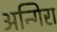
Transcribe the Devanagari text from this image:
अन्गिरा